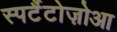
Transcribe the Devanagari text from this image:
स्पर्टैटोज़ोआ